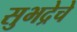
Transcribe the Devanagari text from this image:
सुभद्रेचे